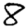
Digit: 8